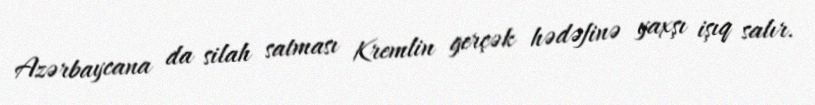
Azərbaycana da silah satması Kremlin gerçək hədəfinə yaxşı işıq salır.